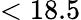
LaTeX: <18.5